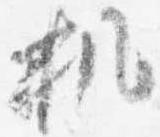
机